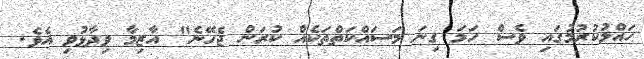
ހައްލުކުރުމުގައި ވެސް ހަމަ ގިނަ މަސައްކަތްތަކެއް ކުރަން ޖެހޭނެ" އާޒިމާ ވިދާޅުވި އެވެ.